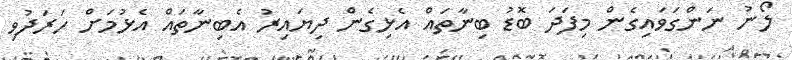
ލޯނު ނަންގަވައިގެން މިފަދަ ބޮޑު ބިނާތައް އެޅިގެން ދިޔައިރު އެބިނާތައް އެޅުމަށް ހަރަދުވި